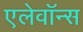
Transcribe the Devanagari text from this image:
एलेवॉन्स